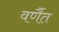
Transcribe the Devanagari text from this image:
वर्णैत